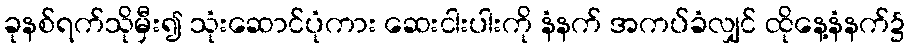
ခုနစ်ရက်သိုမှီး၍ သုံးဆောင်ပုံကား ဆေးငါးပါးကို နံနက် အကပ်ခံလျှင် ထိုနေ့နံနက်၌